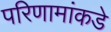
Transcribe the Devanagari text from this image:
परिणामांकडे